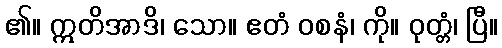
၏။ ဣတိအာဒိ၊ သော။ ဧတံ ဝစနံ၊ ကို။ ဝုတ္တံ၊ ပြီ။